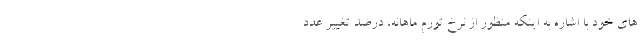
های خود با اشاره به اینکه منظور از نرخ تورم ماهانه، درصد تغییر عدد